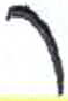
אות: ר